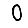
Digit: 0